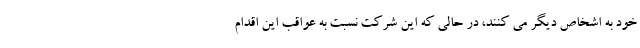
خود به اشخاص دیگر می کنند، در حالی که این شرکت نسبت به عواقب این اقدام